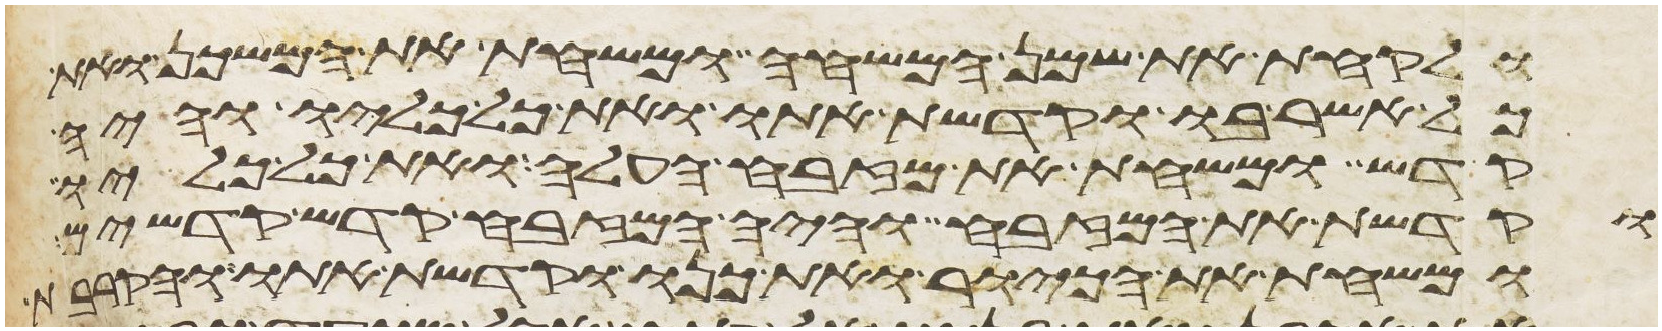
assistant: ולקחת את שמן המשחה ומשחת את המשכן ואת
כל אשר בו וקדשת אתו ואת כל כליו והיה
קדש ומשחת את מזבח העלה ואת כל כליו
וקדשת את המזבח והיה המזבח קדש קדשים
ומשחת את הכיור ואת כנו וקדשת אתו והקרבת